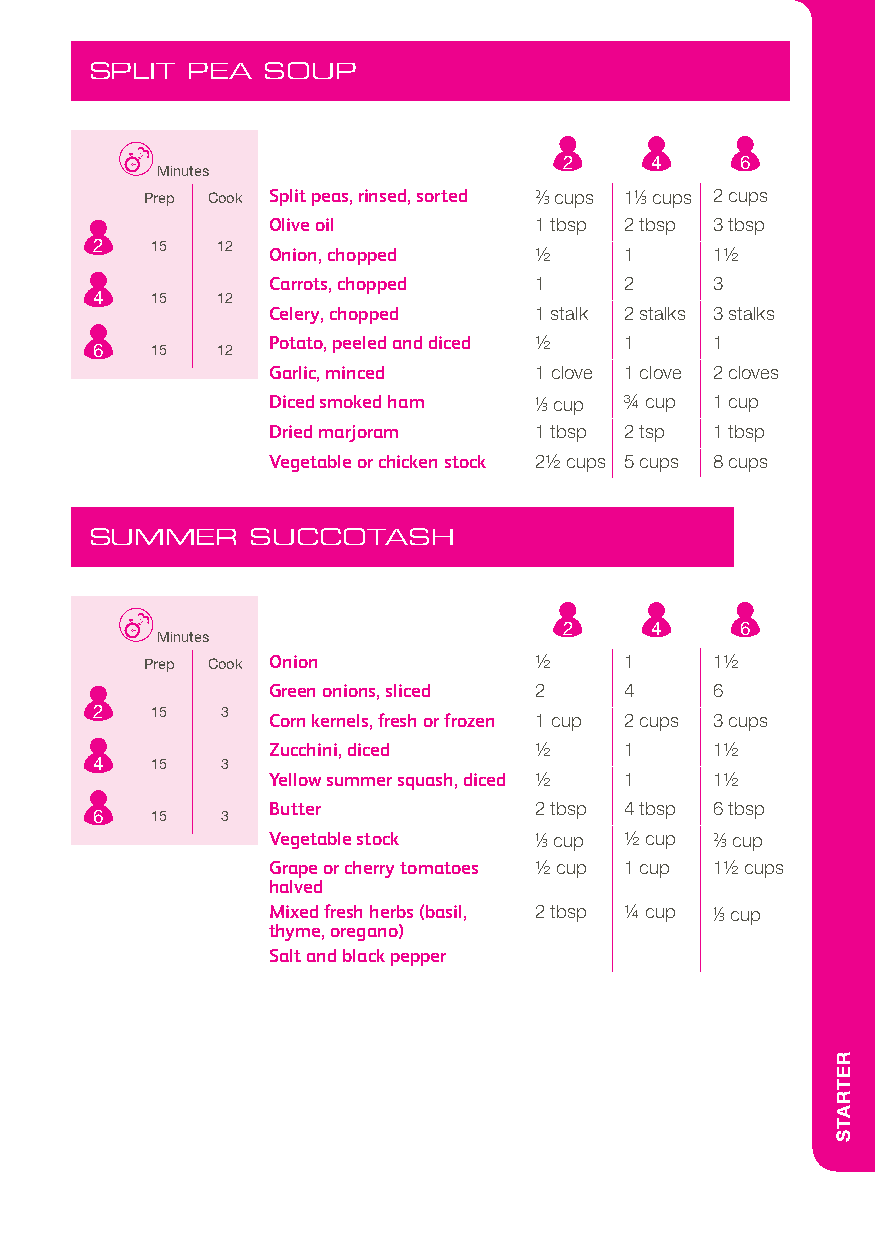
SPLIT PEA  SOUP
 2     4     6
 Minutes
 Prep Cook Split peas, rinsed, sorted 2/3 cups 11/3 cups 2 cups
 Olive oil        1 tbsp 2 tbsp 3 tbsp
 2   15  12
 Onion, chopped   1/2   1     11/2
 Carrots, chopped 1     2     3
 4   15  12
 Celery, chopped  1 stalk 2 stalks 3 stalks
 Potato, peeled and diced 1/2 1 1
 6   15  12
 Garlic, minced   1 clove 1 clove 2 cloves
 Diced smoked ham 1/3 cup 3/4 cup 1 cup
 Dried marjoram   1 tbsp 2 tsp 1 tbsp
 Vegetable or chicken stock 21/2 cups 5 cups 8 cups
 SUMMER     SUCCOTASH
 2     4     6
 Minutes
 Prep Cook Onion          1/2   1     11/2
 Green onions, sliced 2 4     6
 2   15   3
 Corn kernels, fresh or frozen 1 cup 2 cups 3 cups
 Zucchini, diced  1/2   1     11/2
 4   15   3
 Yellow summer squash, diced 1/2 1 11/2
 Butter           2 tbsp 4 tbsp 6 tbsp
 6   15   3
 Vegetable stock  1/3 cup 1/2 cup 2/3 cup
 Grape or cherry tomatoes 1/2 cup 1 cup 11/2 cups
 halved
 Mixed fresh herbs (basil, 2 tbsp 1/4 cup 1/3 cup
 thyme, oregano)
 Salt and black pepper
 RETRATS